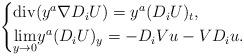
LaTeX: \begin{align*}\begin{cases}\operatorname{div}(y^a \nabla D_i U) = y^a (D_i U)_t,\\\underset{y \to 0}{\lim} y^a (D_i U)_y= - D_i V u - V D_i u.\end{cases}\end{align*}